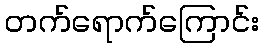
တက်ရောက်ကြောင်း